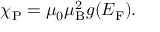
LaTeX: \chi _ { \mathrm { P } } = \mu _ { 0 } \mu _ { \mathrm { B } } ^ { 2 } g ( E _ { \mathrm { F } } ) .